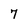
Character: 7